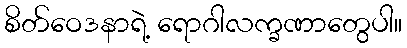
စိတ်ဝေဒနာရဲ့ ရောဂါလက္ခဏာတွေပါ။